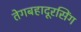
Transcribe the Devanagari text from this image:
तेगबहादूरसिंग